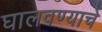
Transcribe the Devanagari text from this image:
घालवण्याचे